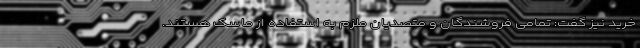
خرید نیز گفت: تمامی فروشندگان و متصدیان ملزم به استفاده از ماسک هستند.